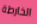
الخارطة